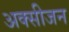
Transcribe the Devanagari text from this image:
अक्‍सीजन